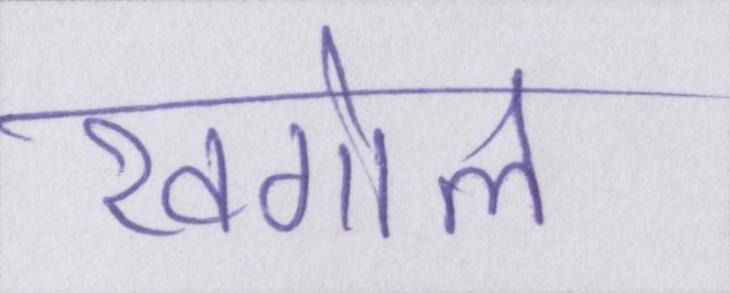
खगोल